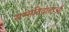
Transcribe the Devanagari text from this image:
सम्मतिदाताओं